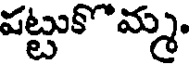
పట్టుకొమ్మ.